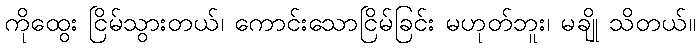
ကိုထွေး ငြိမ်သွားတယ်၊ ကောင်းသောငြိမ်ခြင်း မဟုတ်ဘူး၊ မချို သိတယ်။